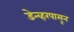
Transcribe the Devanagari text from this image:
डेन्व्हरपासून